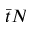
\bar { t } N